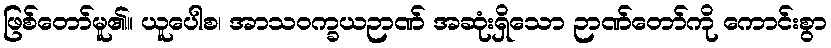
ဖြစ်တော်မူ၏။ ယူပေါစ၊ အာသဝက္ခယဉာဏ် အဆုံးရှိသော ဉာဏ်တော်ကို ကောင်းစွာ